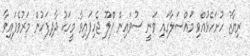
ރިޔާޒު ހުށަހެޅުއްވި މައްސަލާގައި ވަނީ ސުވައިން ފްލޫ ޖެހިފައިވާ މީހަކު ދާދިފަހުން މަރުވެފައިވާ